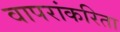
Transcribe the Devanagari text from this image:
वापरांकरिता